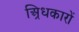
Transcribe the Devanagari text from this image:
अ्रिधकारों